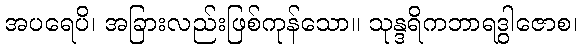
အပရေပိ၊ အခြားလည်းဖြစ်ကုန်သော။ သုန္ဒရိကဘာရဒွါဇောစ၊